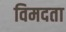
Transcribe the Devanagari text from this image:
विमदता